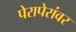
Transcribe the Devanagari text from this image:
पेरापेरांवर